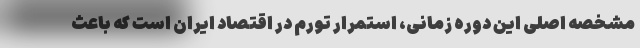
مشخصه اصلی این دوره زمانی، استمرار تورم در اقتصاد ایران است که باعث